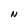
Character: N